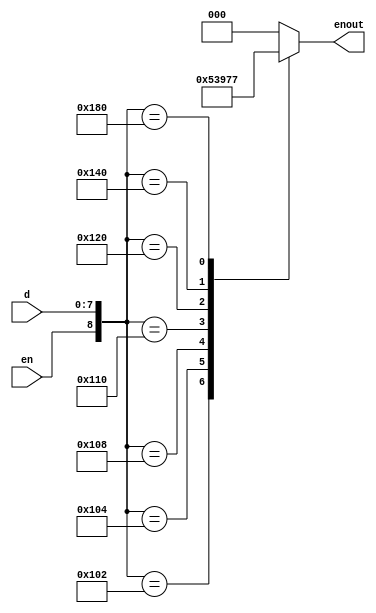
module encoderF(
	input [7:0] d,
	input en,
	output reg[2:0] enout
);


//	assign g = en &(|d);
	
	
	always@*
	begin
		case({en,d})
			
			9'b1_0000_0010: enout = 3'h1;
			9'b1_0000_0100: enout = 3'h2;
			9'b1_0000_1000: enout = 3'h3;
			9'b1_0001_0000: enout = 3'h4;
			9'b1_0010_0000: enout = 3'h5;
			9'b1_0100_0000: enout = 3'h6;
			9'b1_1000_0000: enout = 3'h7;
			default : enout = 3'h0;
			
		endcase
			
	end
	
	endmodule